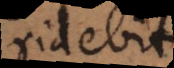
ridebit.